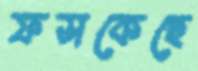
ফসকেছে